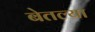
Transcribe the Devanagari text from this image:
बेतल्या